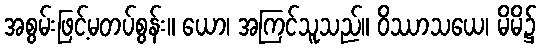
အစွမ်းဖြင့်မတပ်စွန်း။ ယော၊ အကြင်သူသည်။ ဝိဿာသယေ၊ မိမိ၌